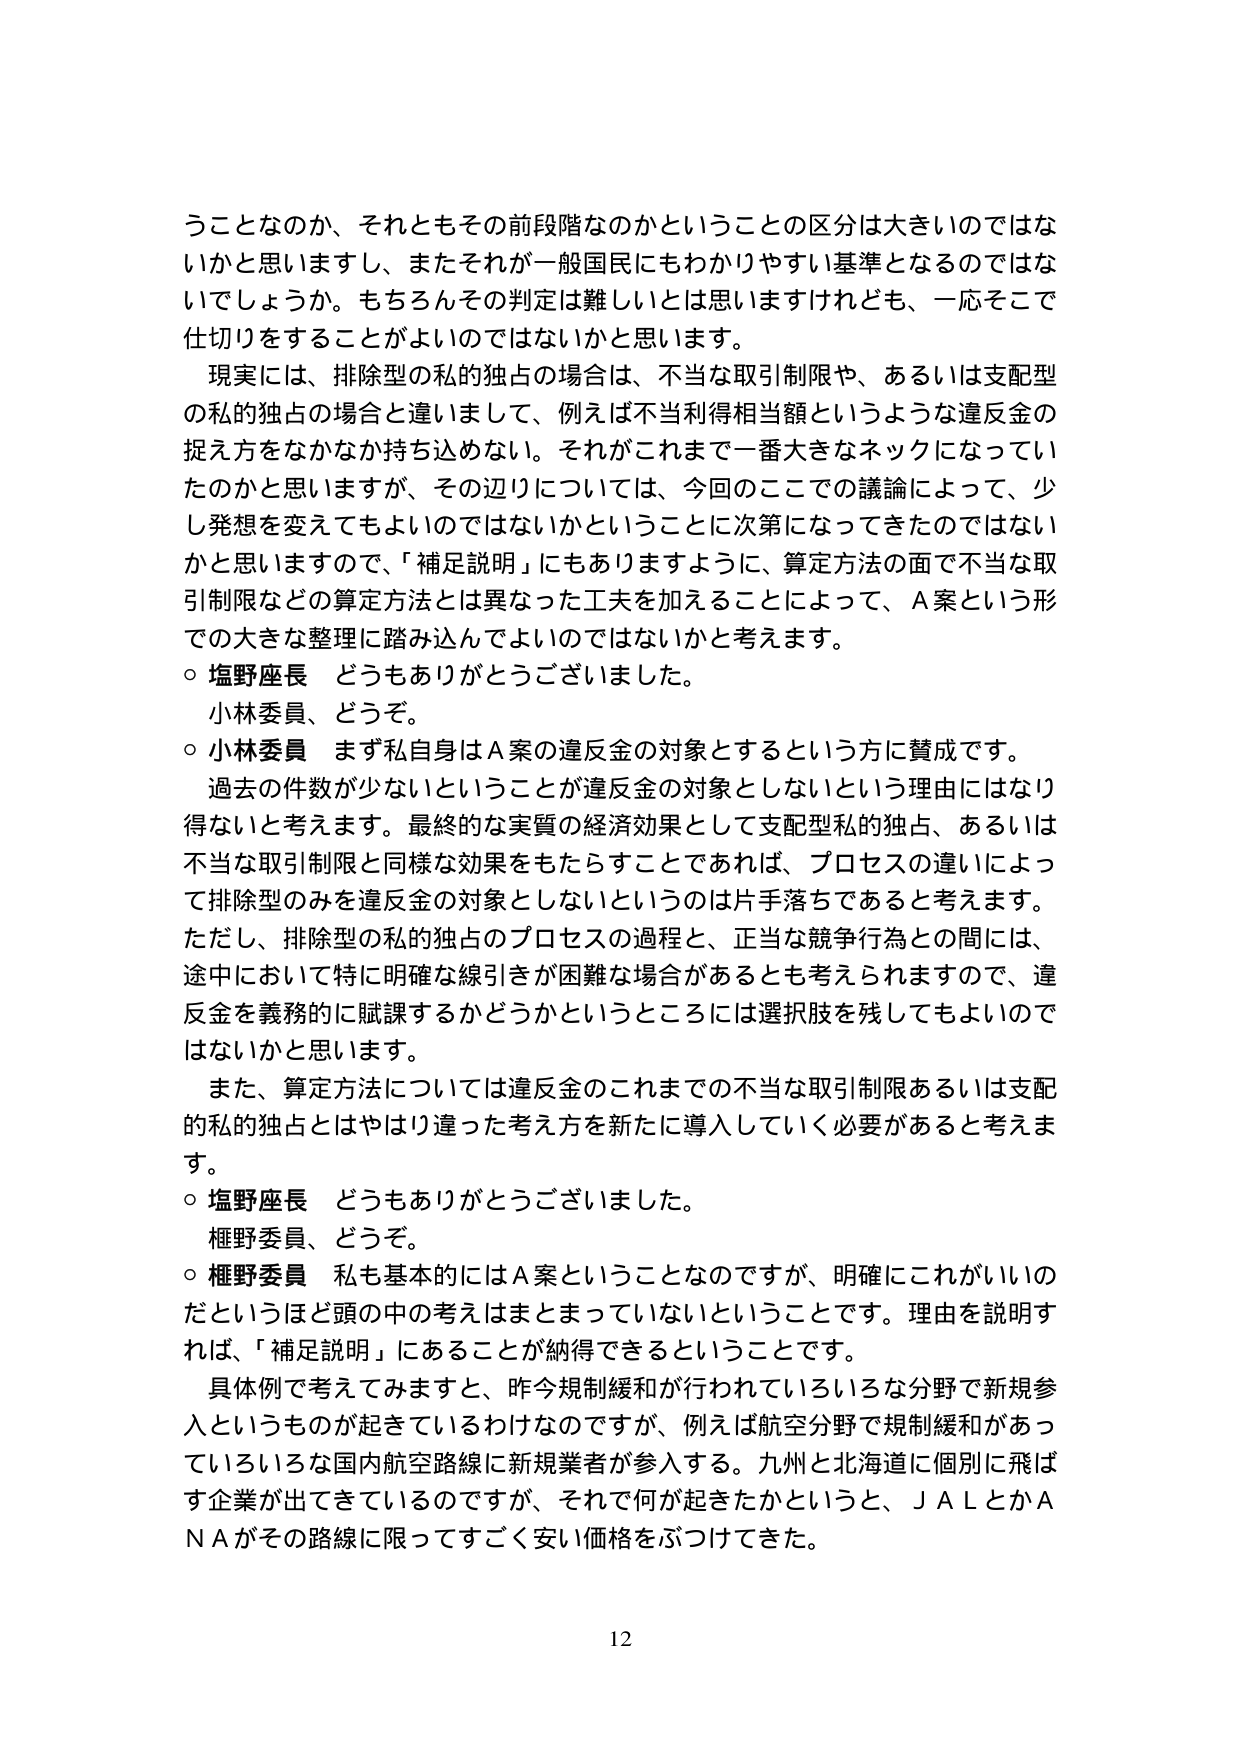
うことなのか、それともその前段階なのかということの区分は大きいのではないかなと思いますし、またそれが一般国民にもわかりやすい基準となるのではないでしょうか。もちろんその判定は難しいとは思いますけれども、一応そこで仕切りをすることがよいのではないかと思います。

現実には、排除型の私的独占の場合は、不当な取引制限や、あるいは支配型の私的独占の場合と違いまして、例えば不当利得相当額というような違反金の捉え方をなかなか持ち込めない。それがこれまで一番大きなネックになっていたのかと思いますが、その辺りについては、今回のごこでの議論によって、少し発想を変えてもよいのではないかということに次第になってきたのではないかなと思いますので、「補足説明」にもありますように、算定方法の面で不当な取引制限などの算定方法とは異なった工夫を加えることによって、A案という形での大きな整理に踏み込んでよいのではないかと考えます。

○ 塩野座長 どうもありがとうございました。
小林委員、どうぞ。

○ 小林委員 まず私自身はA案の違反金の対象とするという方に賛成です。
過去の件数が少ないということが違反金の対象としないという理由にはなり得ないと考えます。最終的な実質の経済効果として支配型私的独占、あるいは不当な取引制限と同様な効果をもたらすことであれば、プロセスの違いによって排除型のみを違反金の対象としないというのは片手落ちであると考えます。ただし、排除型の私的独占のプロセスの過程と、正当な競争行為との間には、途中において特に明確な線引きが困難な場合があるとも考えられますので、違反金を義務的に賦課するかどうかというところには選択肢を残してもよいのではないかと思います。

また、算定方法については違反金のこれまでの不当な取引制限あるいは支配的私的独占とはやはり違った考え方を新たに導入していく必要があると考えます。

○ 塩野座長 どうもありがとうございました。
権野委員、どうぞ。

○ 権野委員 私も基本的にはA案ということなのですが、明確にこれがいいのだというほど頭の中の考えはまとまっていないということです。理由を説明すれば、「補足説明」にあることが納得できるということです。

具体例で考えてみますと、昨今規制緩和が行われていろいろな分野で新規参入というものが起きているわけなのですが、例えば航空分野で規制緩和があっていろいろな国内航空路線に新規業者が参入する。九州と北海道に個別に飛ばす企業が出てきているのですが、それで何が起きたかというと、ＪＡＬとかＡＮＡがその路線に限ってすごく安い価格をぶつけてきた。

12